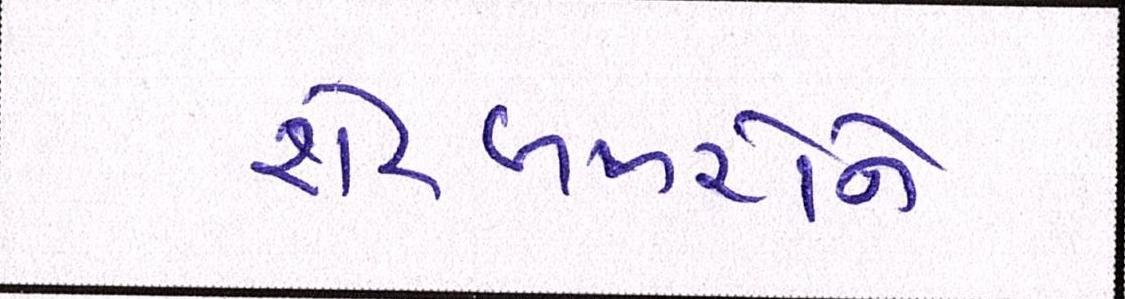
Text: શેરબજારોને